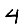
Digit: 4